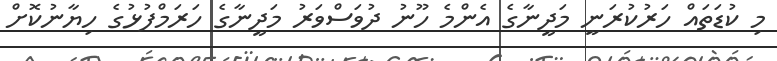
މި ކުޑަތައް ހަރުކުރަނީ މަދީނާގެ އެންމެ ހޫނު ދުވަސްވަރު މަދީނާގެ ހަރަމްފުޅުގެ ހިޔާނުކޮށް